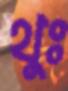
থুঃ